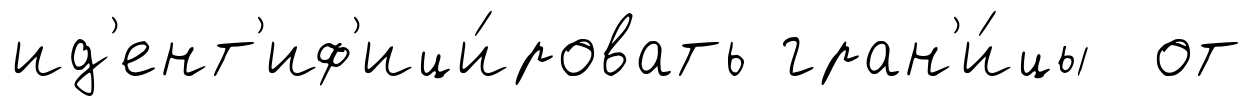
ид'ент'иф'ици́ровать гран'и́цы от